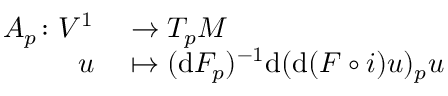
\begin{array} { r l } { A _ { p } \colon V ^ { 1 } } & { { } \to T _ { p } M } \\ { u } & { { } \mapsto ( \mathrm { d } F _ { p } ) ^ { - 1 } \mathrm { d } ( \mathrm { d } ( F \circ i ) u ) _ { p } u } \end{array}